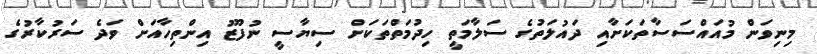
މިނިވަން މުއައްސަސާތަކަށާއި ދައުލަތުގެ ސަލާމަތީ ހިދުމަތްތަކަށް ސިޔާސީ ނުފޫޒު އިންތިހާއަށް ވަދެ ސަރުކާރުގެ